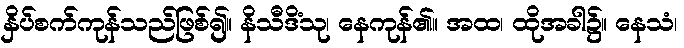
နှိပ်စက်ကုန်သည်ဖြစ်၍။ နိသီဒိံသု၊ နေကုန်၏။ အထ၊ ထိုအခါ၌။ နေသံ၊